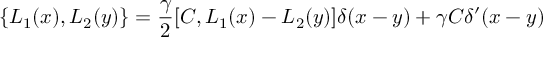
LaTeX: \{ L _ { 1 } ( x ) , L _ { 2 } ( y ) \} = \frac { \gamma } { 2 } [ C , L _ { 1 } ( x ) - L _ { 2 } ( y ) ] \delta ( x - y ) + \gamma C \delta ^ { \prime } ( x - y )